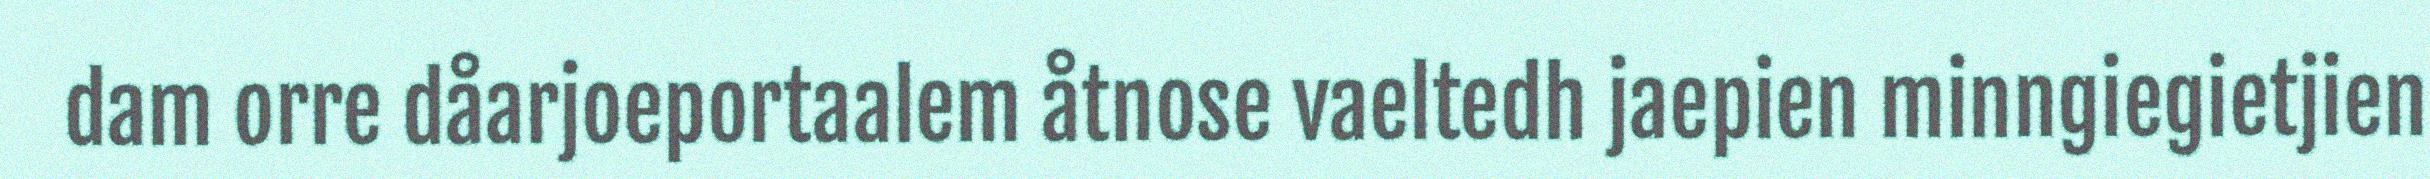
dam orre dåarjoeportaalem åtnose vaeltedh jaepien minngiegietjien